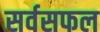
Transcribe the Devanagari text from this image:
सर्वसफल